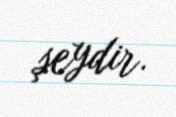
şeydir.